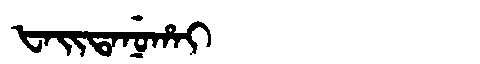
Manchu: ᡶᠠᡳᡨᠠᠨᡠᡥᠠᡳ
Romanization: FAITANUHAI